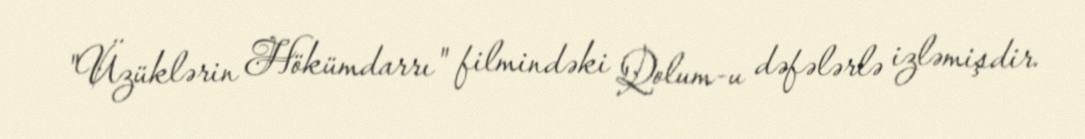
"Üzüklərin Hökümdarrı" filmindəki Qolum-u dəfələrlə izləmişdir.